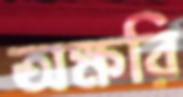
অক্ষরি